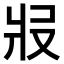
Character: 𤕱